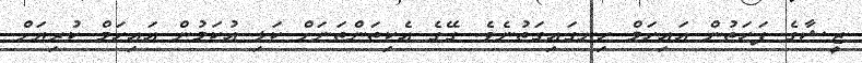
ޒީޝާގެ ފަހަތުން އައިހަމް ހިނގައިގަތުނެވެ. ގޭގެ އެކިތަންތަނަށް ކަޅި އުކަމުން އައިހަމް ކުރިޔަށް